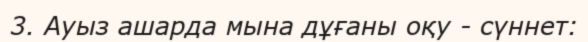
3. Ауыз ашарда мына дұғаны оқу - сүннет: